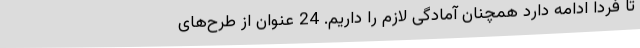
تا فردا ادامه دارد همچنان آمادگی لازم را داریم. 24 عنوان از طرح‌های